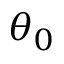
\theta _ { 0 }